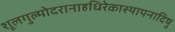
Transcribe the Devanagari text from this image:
शूलगुल्मोदरानाहधिरेकास्थापनादिषु